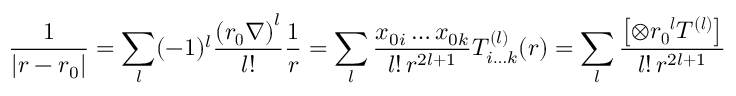
{ \frac { 1 } { \left| { \boldsymbol { r - r } } { _ { 0 } } \right| } } = \sum _ { l } ( - 1 ) ^ { l } { \frac { { ( { \boldsymbol { r _ { 0 } } } \nabla ) } ^ { l } } { l ! } } { \frac { 1 } { r } } = \sum _ { l } { \frac { x _ { 0 i } \ldots x _ { 0 k } } { l ! \, r ^ { 2 l + 1 } } } T _ { i \ldots k } ^ { ( l ) } ( { \boldsymbol { r } } ) = \sum _ { l } { \frac { \left[ \otimes { \boldsymbol { { r _ { 0 } } ^ { l } T ^ { ( l ) } } } \right] } { l ! \, r ^ { 2 l + 1 } } }